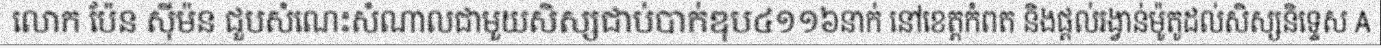
លោក ប៉ែន ស៊ីម៉ន ជួបសំណេះសំណាលជាមួយសិស្សជាប់បាក់ឌុប៤១១៦នាក់ នៅខេត្តកំពត និងផ្តល់រង្វាន់ម៉ូតូដល់សិស្សនិទ្ទេស A